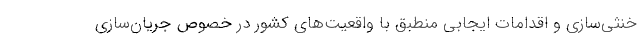
خنثی‌سازی و اقدامات ایجابی منطبق با واقعیت‌های کشور در خصوص جریان‌سازی